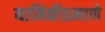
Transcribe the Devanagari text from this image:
यामिकीप्रमाणे